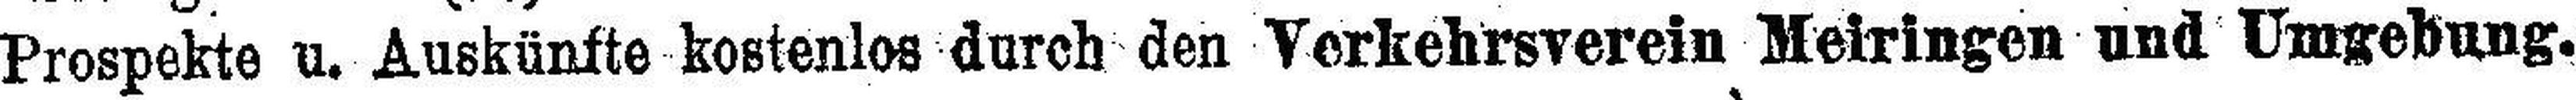
Prospekte u. Auskünfte kostenlos durch den Verkehrsverein Meiringen und Umgebung.